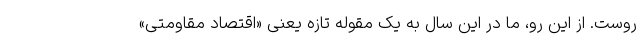
روست. از این رو، ما در این سال به یک مقوله تازه یعنی «اقتصاد مقاومتی»